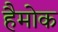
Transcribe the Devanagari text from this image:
हैमोक